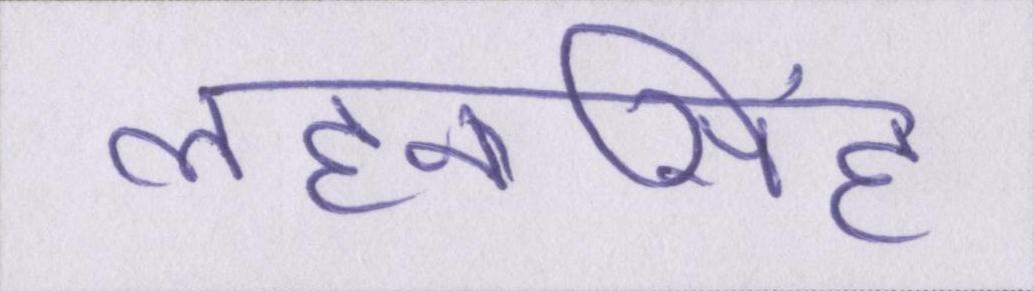
लहनासिंह